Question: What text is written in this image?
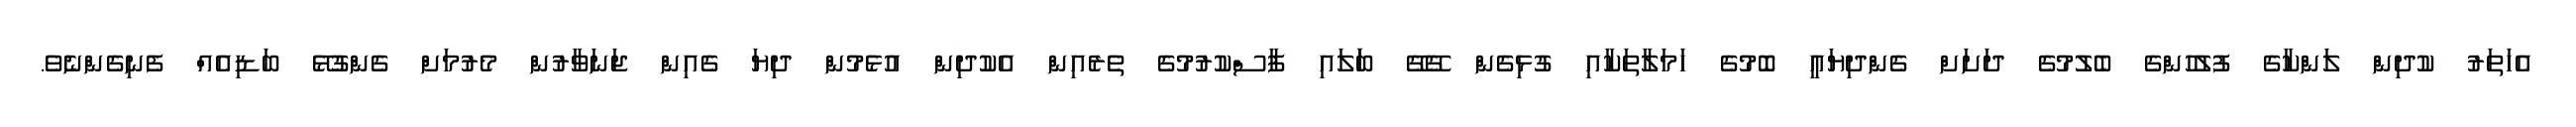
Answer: އެހަތަރު ކުދިން ލަންކާގެ ފުލުހުންގެ ބެލުމުގެ ދަށަށް ގެންދިޔައީ ބޮމުގެ ހަމަލާތަކާއި ގުޅިގެން ގޭގޭ ބަަލައި ފާސްކުރުމުގެ ތެރެއިން އެކުދިން އުޅެމުން ދިޔަ ގެއިން ޖަނަވާރުން މެރުމަށް ގެންގުޅޭ ބަޑިއެއް ފެނިގެންނެވެ.